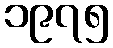
၁၉၇၅